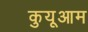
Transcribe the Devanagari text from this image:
कुयूआम